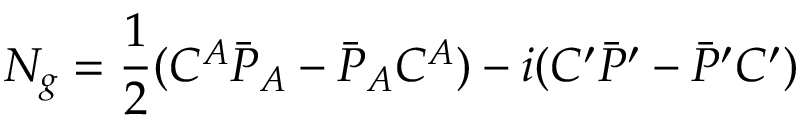
N _ { g } = { \frac { 1 } { 2 } } ( { \cal C } ^ { A } \bar { \cal P } _ { A } - \bar { \cal P } _ { A } { \cal C } ^ { A } ) - i ( { \cal C } ^ { \prime } \bar { \cal P } ^ { \prime } - \bar { \cal P } ^ { \prime } { \cal C } ^ { \prime } )